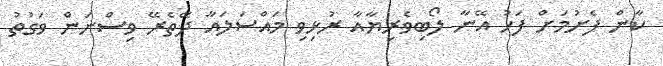
ކާން ފެށުމަށް ފަހު އޭނާ ލޯބިވެރިޔާއާ ރުޅިވި މައްސަލައާ ދޭތެރޭ ވިސްނަން ވަގުތު